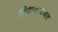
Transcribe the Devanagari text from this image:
विधानाबाबत